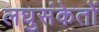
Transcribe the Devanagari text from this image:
लघुसंकेतों